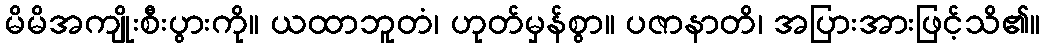
မိမိအကျိုးစီးပွားကို။ ယထာဘူတံ၊ ဟုတ်မှန်စွာ။ ပဇာနာတိ၊ အပြားအားဖြင့်သိ၏။